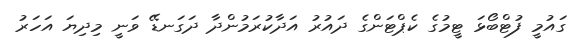
ގައުމީ ފުޓްބޯޅަ ޓީމުގެ ކެޕްޓަންގެ ދައުރު އަދާކުރަމުންދާ ދަގަނޑޭ ވަނީ މިދިޔަ އަހަރު